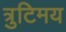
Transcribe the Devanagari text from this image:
त्रुटिमय